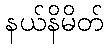
နယ်နိမိတ်